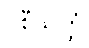
ဝစီသတ္ထံ